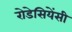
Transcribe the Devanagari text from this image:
रोडेसियेंसी